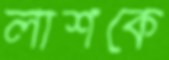
লাশকে